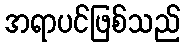
အရာပင်ဖြစ်သည်